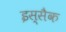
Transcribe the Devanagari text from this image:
इस्सैक